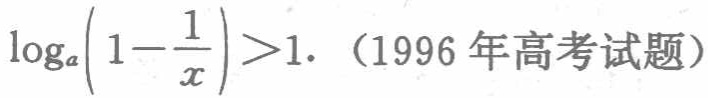
\(\log_{a}\left(1 - \frac{1}{x}\right)>1\). （1996 年高考试题）